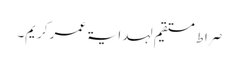
صراط مستقیم لہدایۃ عمر کریم۔